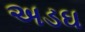
અડઘ